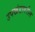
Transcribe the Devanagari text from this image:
उपखंडावरील